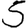
Digit: 5